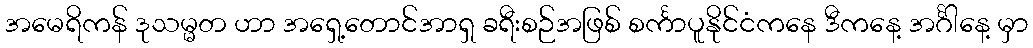
အမေရိကန် ဒုသမ္မတ ဟာ အရှေ့တောင်အာရှ ခရီးစဉ်အဖြစ် စင်္ကာပူနိုင်ငံကနေ ဒီကနေ့ အင်္ဂါနေ့ မှာ